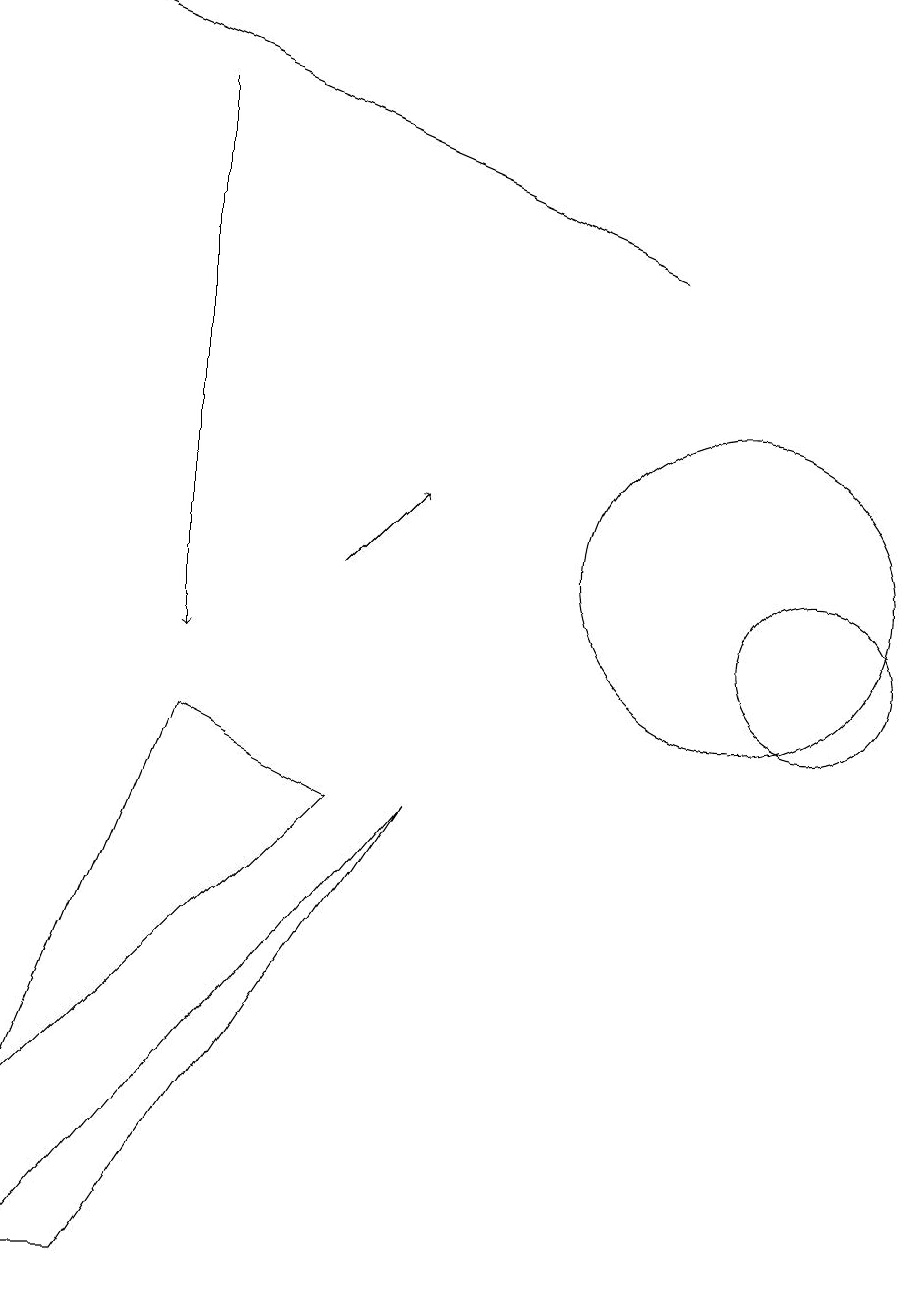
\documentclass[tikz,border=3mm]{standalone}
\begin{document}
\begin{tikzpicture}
\draw (11,10) circle (1);
\draw (10,11) circle (2);
\draw[->] (5,11) -- (6,12);
\draw (1,4) -- (3,9) -- (5,8) -- cycle;
\draw[->] (3,17) -- (3,10);
\draw (2,2) -- (6,8) -- (1,2) -- cycle;
\draw[->] (9,15) -- (2,18);
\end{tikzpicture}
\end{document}